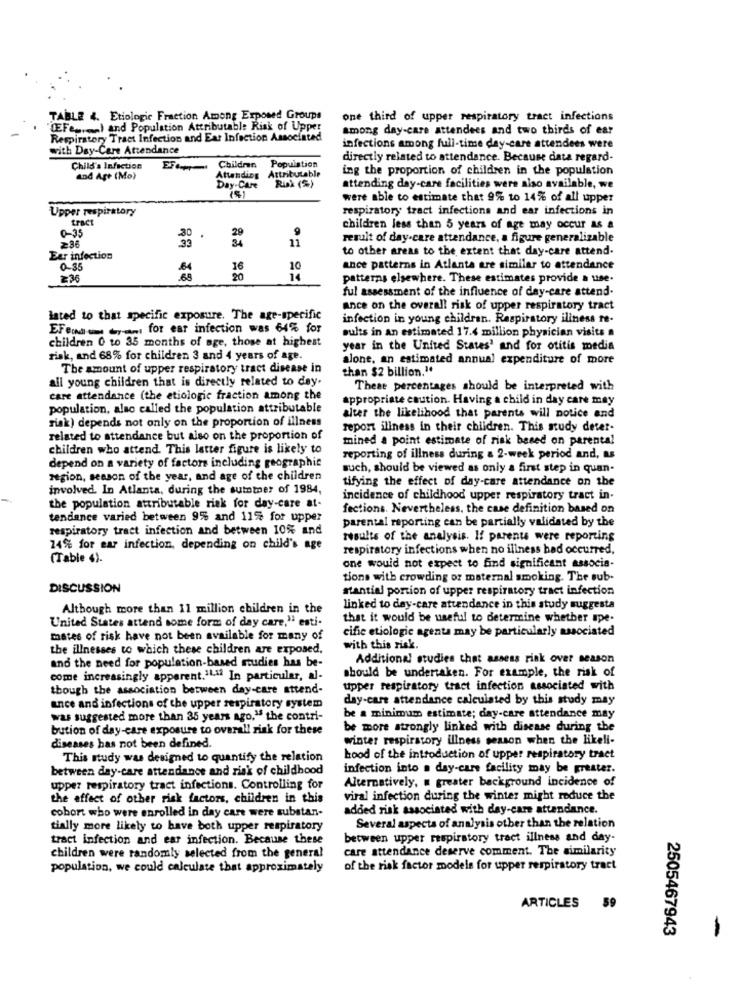
TABLE 4. Etiologie Fraction Among Exposed Groups
one third of upper respiratory tract infections
EFeren) and Population Attributable Risk of Upper
among day-care attendees and two thirds of ear
Respiratory Tract Infection and Ear Infection Associated
with Day-Care Attendance
infections among full-time day-care attendees were
directly related to attendance. Because data regard-
Child's Infection
EFc++
Attending Attributable
Children
Population
ing the proportion of children in the population
and Art (Mo)
Attending
Day-Care
Risk (%)
attending day-care facilities were also available, we
were able to estimate that 9% to 14% of all upper
Upper respiratory
respiratory tract infections and ear infections in
tract
0-35
9
children less than 5 years of age may occur as a
33
11
result of day-care attendance, a figure generalizable
286
to other areas to the extent that day-care attend.
Ear infection
0-35
.64
16
10
ance patterns in Atlanta are similar to attendance
236
.68
14
patterns elsewhere. These estimates provide a use-
ful assessment of the influence of day-care attend.
ance on the overall risk of upper respiratory tract
lated to that specific exposure. The age-specific
infection in young children. Respiratory iliness re-
Efendic y-m for ear infection was 64% for
sults in An estimated 17.4 million physician visits a
children 0 to 35 months of age, those at highest
year in the United States' and for otitis media
risk, and 68% for children 3 and 4 years of age.
alone, an estimated annual expenditure of more
The amount of upper respiratory tract disease in
than $2 billion."
all young children that is directly related to dey.
These percentages should be interpreted with
care attendance (the etiologic fraction among the
appropriate caution. Having a child in day care may
population, also called the population attributable
risk) depends not only on the proportion of illness
alter the likelihood that parents will notice and
report illness in their children. This study deter-
related to attendance but also on the proportion of
mined a point estimate of risk based on parental
children who attend. This letter figure is likely to
depend on a variety of factors including geographic
reporting of illness during a 2-week period and, as
such, should be viewed as only a first step in quan-
region, season of the year, and age of the children
tifying the effect of day-care attendance on the
involved. In Atlanta, during the summer of 1984,
incidence of childhood upper respiratory tract in-
the population attributable risk for day-care at-
fections. Nevertheless, the case definition based on
tendance varied between 9% and 11% for upper
parental reporting can be partially validated by the
respiratory tract infection and between 10% and
toults of the analysis. If parents were reporting
14% for ear infection, depending on child's age
respiratory infections when no illness had occurred.
(Table 4).
one would not expect to find significant associa-
tions with crowding or maternal smoking. The sub-
DISCUSSION
stantial portion of upper respiratory tract infection
Although more than 11 million children in the
linked to day-care attendance in this study suggesta
that it would be useful to determine whether spe.
United States attend some form of day care," esti-
cific etiologie agenta may be particularly associated
mates of risk have not been available for many of
the illnesses to which these children are exposed.
with this risk.
and the need for population-based studies has be-
Additional studies that assess rink over season
come increasingly apparent.1L.a. In particular, al-
should be undertaken. For example, the risk of
though the association between day-care attend.
upper respiratory tract infection associated with
day-care attendance calculated by this study may
ance and infections of the upper respiratory system
was suggested more than 35 years ago," the contri-
be a minimum estimate; day-care attendance may
bution of day-care exposure to overall risk for these
be more strongly linked with disease during the
winter respiratory illness season when the likeli-
diseases has not been defined.
This study was designed to quantify the relation
hood of the introduction of upper respiratory tract
between day-care attendance and risk of childhood
infection into a day-care facility may be greater.
Alternatively, E greater background incidence of
upper respiratory tract infections. Controlling for
the effect of other risk factors, children in this
viral infection during the winter might reduce the
cobort who were enrolled in day care were substan.
added risk associated with day-care attendance.
tially more likely to have both upper respiratory
Several aspects of analysis other than the relation
tract infection and ear infection. Because these
between upper respiratory tract illness and day-
care attendance deserve comment. The similarity
children were randomly selected from the general
population, we could calculate that approximately
of the risk factor models for upper respiratory tract
59
ARTICLES
2505467943